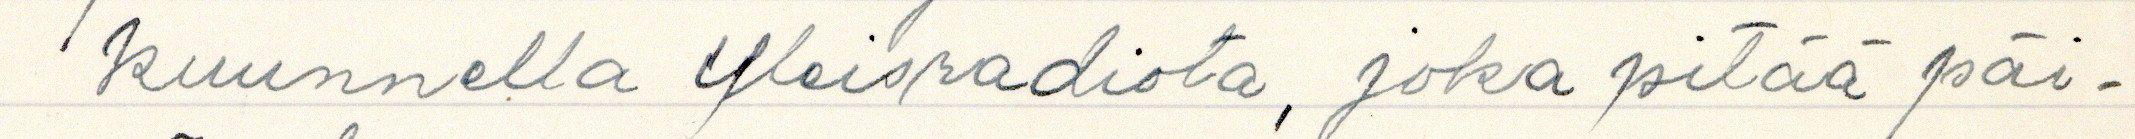
kuunnella Yleisradiota, joka pitää päi-